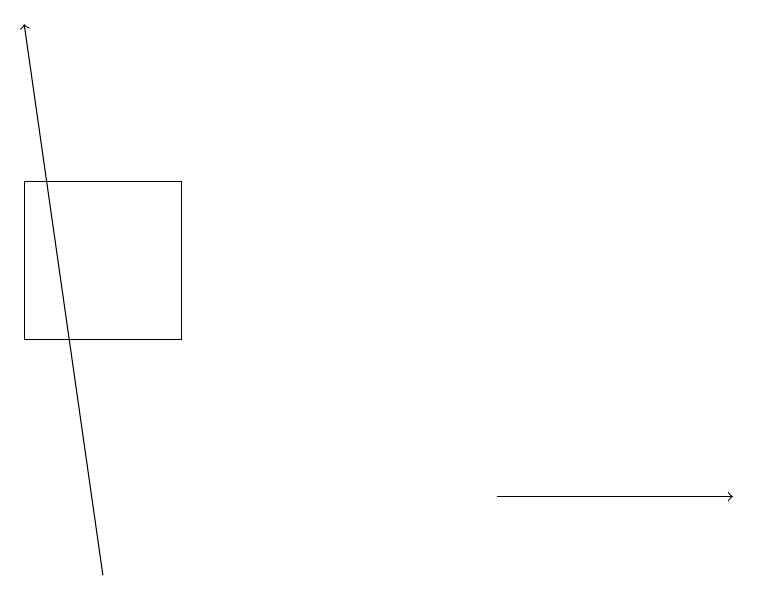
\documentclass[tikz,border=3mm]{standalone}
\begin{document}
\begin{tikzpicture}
\draw[->] (6,12) -- (9,12);
\draw[->] (1,11) -- (0,18);
\draw (2,14) rectangle (0,16);
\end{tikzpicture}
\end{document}